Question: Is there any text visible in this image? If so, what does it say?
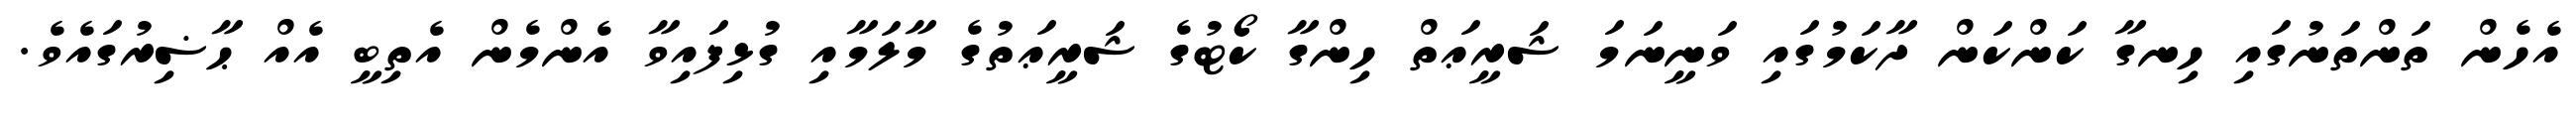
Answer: އެހެން ތަންތަނުގައި ހިނގާ ކަންކަން ދާކަމުގައި ވަނީނަމަ ޝަރީޢަތް ހިންގާ ކޯޓުގެ ޝަރީޢަތުގެ މާލަމާއި ގުޅިފައިވާ އެންމެން އެތިބީ އެއް ޙާޟިރުގައެވެ.